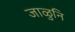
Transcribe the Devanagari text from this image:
जाळुनि